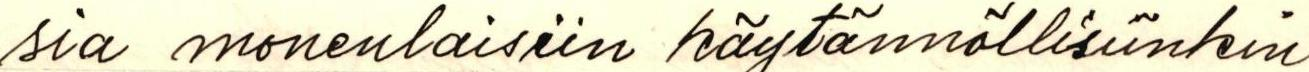
sia monenlaisiin käytännöllisiinkin